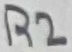
Text: R2